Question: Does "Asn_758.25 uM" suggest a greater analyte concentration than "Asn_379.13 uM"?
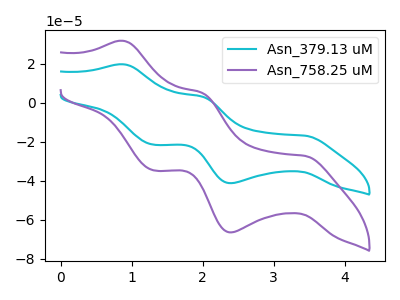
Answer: <think>The cyan curve "Asn_379.13 uM" has anodic peaks at (0.90V, 19.65uA) (2.00V, 3.15uA) and cathodic peaks at (3.45V, -16.90uA) (2.40V, -41.20uA) (1.30V, -21.45uA). The purple curve "Asn_758.25 uM" has anodic peaks at (0.90V, 31.70uA) (2.00V, 5.10uA) and cathodic peaks at (3.45V, -27.20uA) (2.40V, -66.40uA) (1.30V, -34.60uA).
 All the peaks in "Asn_758.25 uM" have a peak in "Asn_379.13 uM" at the same potential. Every peak in "Asn_758.25 uM" is higher than every peak in "Asn_379.13 uM".</think>
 <answer>"Asn_758.25 uM" has more signal than "Asn_379.13 uM".</answer>
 <eval>more_signal</eval>